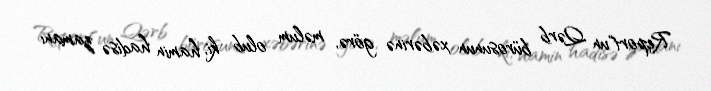
Report"un Qərb bürosunun xəbərinə görə, məlum olub ki, hamin hadisə zamanı